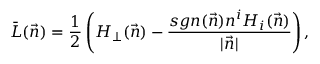
\bar { L } ( \vec { n } ) = \frac { 1 } { 2 } \left( H _ { \perp } ( \vec { n } ) - \frac { s g n ( \vec { n } ) n ^ { i } H _ { i } ( \vec { n } ) } { | \vec { n } | } \right) ,